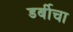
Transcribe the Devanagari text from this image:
डर्बीचा